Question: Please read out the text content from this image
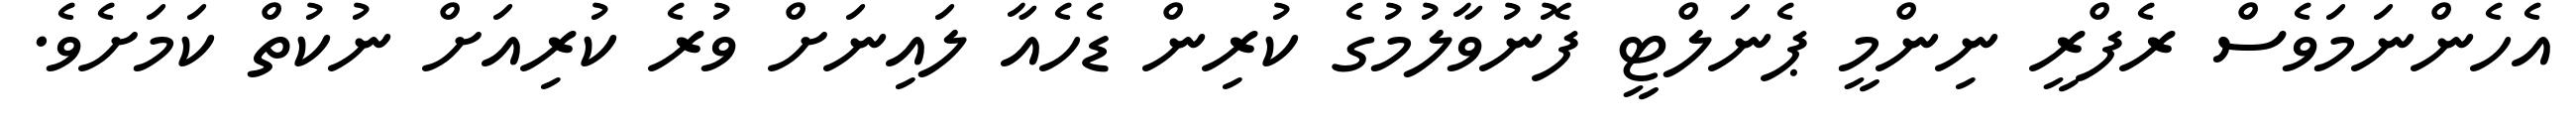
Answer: އެހެންނަމަވެސް ރެފްރީ ނިންމީ ޕެނަލްޓީ ފޮނުވާލުމުގެ ކުރިން ޑެހެއާ ލައިނަށް ވުރެ ކުރިއަށް ނުކުތް ކަމަށެވެ.